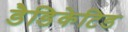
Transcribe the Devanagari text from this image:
डैडिकेटिड